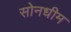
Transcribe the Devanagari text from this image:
सोनधीम